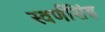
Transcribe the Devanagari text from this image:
स्वर्णसिंह